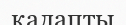
қалапты